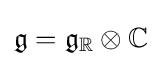
{\mathfrak {g}}={\mathfrak {g}}_{\mathbb {R} }\otimes \mathbb {C}